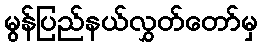
မွန်ပြည်နယ်လွှတ်တော်မှ